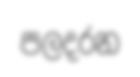
පලදරන